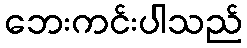
ဘေးကင်းပါသည်